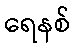
ရေနစ်